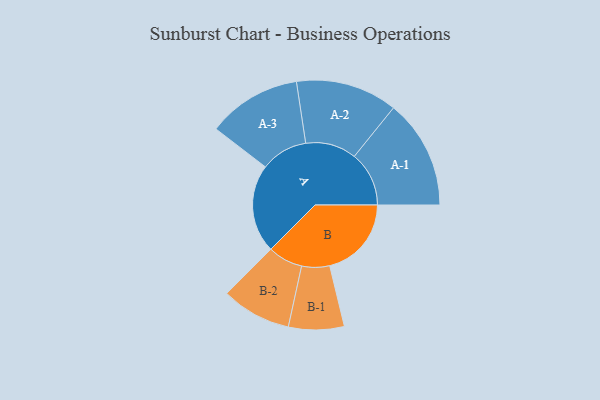
{"axis": {"x": "Segment", "y": "Value"}, "legend": ["", "A", "B"], "data": [{"x": "A", "y": 483, "type": ""}, {"x": "B", "y": 447, "type": ""}, {"x": "A-1", "y": 299, "type": "A"}, {"x": "A-2", "y": 278, "type": "A"}, {"x": "A-3", "y": 257, "type": "A"}, {"x": "B-1", "y": 152, "type": "B"}, {"x": "B-2", "y": 191, "type": "B"}]}